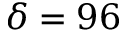
\delta = 9 6